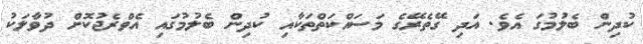
ކުދިން ބެލުމުގަ އެވެ. އަދި ގޭތެރޭގެ މަސައްކަތްތަކާއި ކުދިން ބެލުމުގައި އެވްރެޖުކޮށް ދުވާލަކު